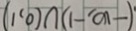
( - \infty , - 1 ) \cup ( 0 , 1 )